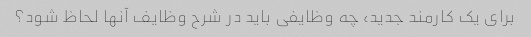
برای یک کارمند جدید، چه وظایفی باید در شرح وظایف آنها لحاظ شود؟